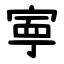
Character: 寕